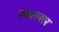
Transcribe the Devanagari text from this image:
खरस्सर